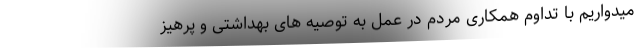
میدواریم با تداوم همکاری مردم در عمل به توصیه های بهداشتی و پرهیز